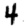
Digit: 4